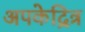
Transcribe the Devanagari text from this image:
अपकेद्रित्र